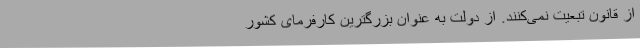
از قانون تبعیت نمی‌کنند. از دولت به عنوان بزرگترین کارفرمای کشور